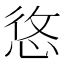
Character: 𢚐